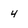
Character: 4